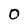
Character: 0